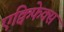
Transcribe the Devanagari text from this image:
एक्विफेक्स